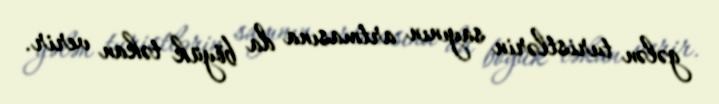
gələn turistlərin sayının artmasına da böyük təkan verir.